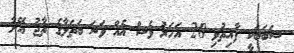
ސަބަބަކީ ފާއިތުވި 20 އަހަރު ވެސް އެއް ވަނަ ބަތަލާގެ ތާޖު އޭނާ